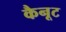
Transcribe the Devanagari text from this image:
कैनूट